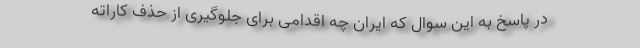
در پاسخ به این سوال که ایران چه اقدامی برای جلوگیری از حذف کاراته